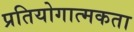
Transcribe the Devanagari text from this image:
प्रतियोगात्मकता